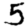
Digit: 5